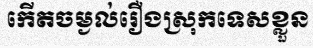
កើតចម្ងល់រឿងស្រុកទេសខ្លួន